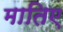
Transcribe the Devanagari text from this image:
मातिए